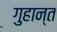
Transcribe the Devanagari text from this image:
गुहान्त